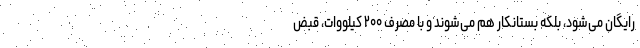
رایگان می‌شود، بلکه بستانکار هم می‌شوند و با مصرف ۲۰۰ کیلووات، قبض